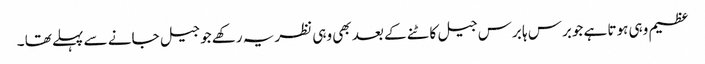
عظیم وہی ہوتا ہے جوبرس ہا برس جیل کاٹنے کے بعد بھی وہی نظریہ رکھے جو جیل جانے سے پہلے تھا ۔